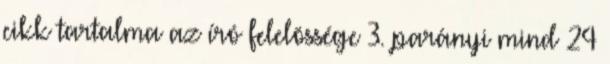
cikk tartalma az író felelõssége 3. parányi mind 24